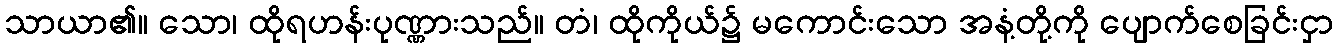
သာယာ၏။ သော၊ ထိုရဟန်းပုဏ္ဏားသည်။ တံ၊ ထိုကိုယ်၌ မကောင်းသော အနံ့တို့ကို ပျောက်စေခြင်းငှာ